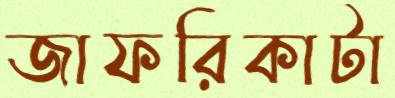
জাফরিকাটা